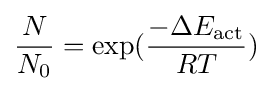
{N \over N_{0}}=\exp({-\Delta E_{\text{act}} \over RT})